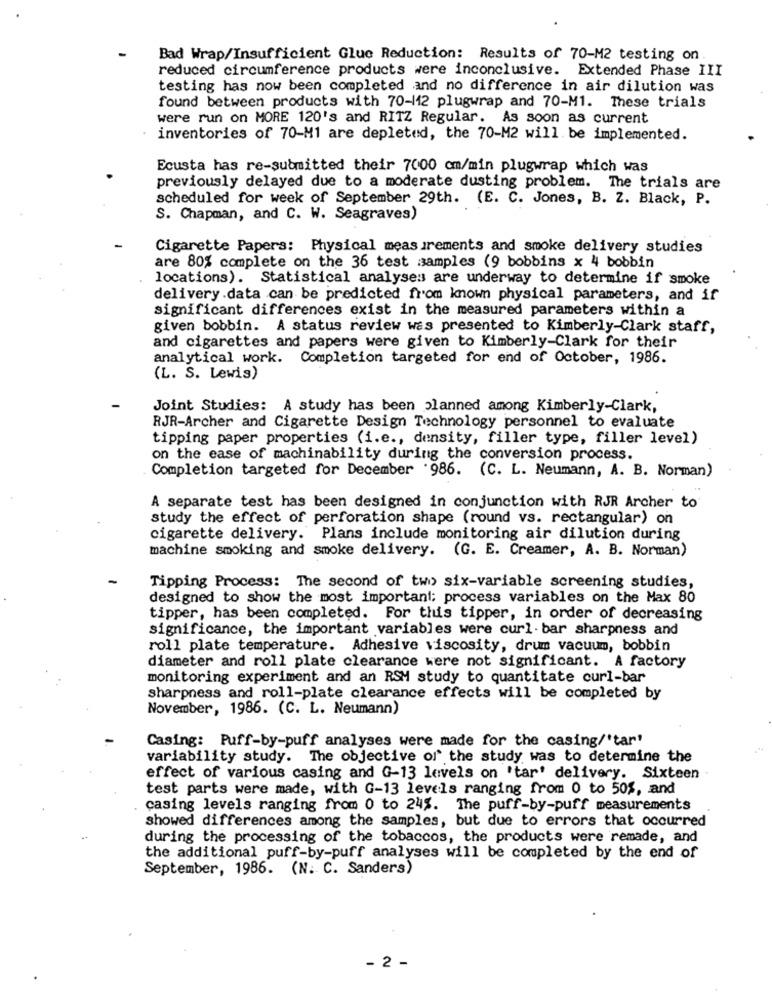
Bad Wrap/Insufficient Glue Reduction: Results of 70-M2 testing on
reduced circumference products were inconclusive. Extended Phase III
testing has now been completed and no difference in air dilution was
found between products with 70-112 plugwrap and 70-M1. These trials
were run on MORE 120's and RITZ Regular. As soon as current
inventories of 70-M1 are depleted, the 70-M2 will be implemented.
Ecusta has re-submitted their 7000 cm/min plugwrap which was
previously delayed due to a moderate dusting problem. The trials are
scheduled for week of September 29th. (E. C. Jones, B. Z. Black, P.
S. Chapman, and C. W. Seagraves)
Cigarette Papers: Physical measurements and smoke delivery studies
are 80% complete on the 36 test samples (9 bobbins x 4 bobbin
locations). Statistical analyses are underway to determine if smoke
delivery.data can be predicted from known physical parameters, and if
significant differences exist in the measured parameters within a
given bobbin. A status review was presented to Kimberly-Clark staff,
and cigarettes and papers were given to Kimberly-Clark for their
analytical work. Completion targeted for end of October, 1986.
(L. S. Lewis)
Joint Studies: A study has been planned among Kimberly-Clark,
RJR-Archer and Cigarette Design Technology personnel to evaluate
tipping paper properties (i.e ., density, filler type, filler level)
on the ease of machinability during the conversion process.
Completion targeted for December 986. (C. L. Neumann, A. B. Norman)
A separate test has been designed in conjunction with RJR Archer to
study the effect of perforation shape (round vs. rectangular) on
cigarette delivery. Plans include monitoring air dilution during
machine smoking and smoke delivery. (G. E. Creamer, A. B. Norman)
Tipping Process: The second of two six-variable screening studies,
designed to show the most important; process variables on the Max 80
tipper, has been completed. For this tipper, in order of decreasing
significance, the important variables were curl . bar sharpness and
roll plate temperature. Adhesive viscosity, drum vacuum, bobbin
diameter and roll plate clearance were not significant. A factory
monitoring experiment and an RSM study to quantitate curl-bar
sharpness and roll-plate clearance effects will be completed by
November, 1986. (C. L. Neumann)
Casing: Puff-by-puff analyses were made for the casing/'tar'
variability study. The objective of the study was to determine the
effect of various casing and G-13 levels on 'tar' delivery. Sixteen
test parts were made, with G-13 levels ranging from 0 to 50%, and
casing levels ranging from 0 to 24%. The puff-by-puff measurements
showed differences among the samples, but due to errors that occurred
during the processing of the tobaccos, the products were remade, and
the additional puff-by-puff analyses will be completed by the end of
September, 1986. (N. C. Sanders)
- 2 -